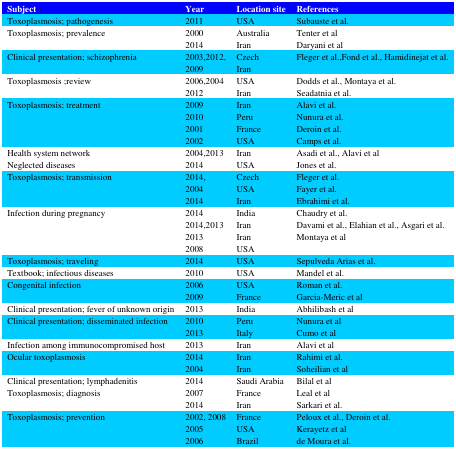
<table><thead><tr><td><b>Subject </b></td><td><b>Year </b></td><td><b>Location site</b></td><td><b>References </b></td></tr></thead><tbody><tr><td>Toxoplasmosis; pathogenesis</td><td>2011</td><td>USA</td><td>Subauste et al.</td></tr><tr><td>Toxoplasmosis; prevalence</td><td>20002014</td><td>AustraliaIran </td><td>Tenter et alDaryani et al</td></tr><tr><td>Clinical presentation; schizophrenia</td><td>2003,2012,2009</td><td>CzechIran </td><td>Fleger et al.,Fond et al., Hamidinejat et al.</td></tr><tr><td>Toxoplasmosis ;review</td><td>2006,20042012</td><td>USA Iran </td><td>Dodds et al., Montaya et al.Seadatnia et al.</td></tr><tr><td>Toxoplasmosis; treatment</td><td>2009201020012002</td><td>IranPeru FranceUSA </td><td>Alavi et al.Nunura et al.Deroin et al.Camps et al.</td></tr><tr><td>Health system network</td><td>2004,2013</td><td>Iran </td><td>Asadi et al., Alavi et al</td></tr><tr><td>Neglected diseases</td><td>2014</td><td>USA</td><td>Jones et al.</td></tr><tr><td>Toxoplasmosis; transmission</td><td>2014,20042014</td><td>Czech USAIran </td><td>Fleger et al.Fayer et al.Ebrahimi et al.</td></tr><tr><td>Infection during pregnancy </td><td>20142014,201320132008</td><td>IndiaIranIranUSA</td><td>Chaudry et al.Davami et al., Elahian et al., Asgari et al.Montaya et al</td></tr><tr><td>Toxoplasmosis; traveling </td><td>2014</td><td>USA</td><td>Sepulveda Arias et al.</td></tr><tr><td>Textbook; infectious diseases </td><td>2010</td><td>USA</td><td>Mandel et al.</td></tr><tr><td>Congenital infection</td><td>20062009</td><td>USAFrance </td><td>Roman et al.Garcia-Meric et al</td></tr><tr><td>Clinical presentation; fever of unknown origin</td><td>2013</td><td>India</td><td>Abhilibash et al</td></tr><tr><td>Clinical presentation; disseminated infection</td><td>20102013</td><td>PeruItaly </td><td>Nunura et alCumo et al</td></tr><tr><td>Infection among immunocompromised host</td><td>2013</td><td>Iran </td><td>Alavi et al</td></tr><tr><td>Ocular toxoplasmosis</td><td>20142004</td><td>IranIran </td><td>Rahimi et al.Soheilian et al</td></tr><tr><td>Clinical presentation; lymphadenitis</td><td>2014</td><td>Saudi Arabia </td><td>Bilal et al</td></tr><tr><td>Toxoplasmosis; diagnosis</td><td>20072014</td><td>FranceIran </td><td>Leal et alSarkari et al.</td></tr><tr><td>Toxoplasmosis; prevention</td><td>2002, 200820052006</td><td>France USABrazil </td><td>Peloux et al., Deroin et al.Kerayetz et alde Moura et al. </td></tr></tbody></table>